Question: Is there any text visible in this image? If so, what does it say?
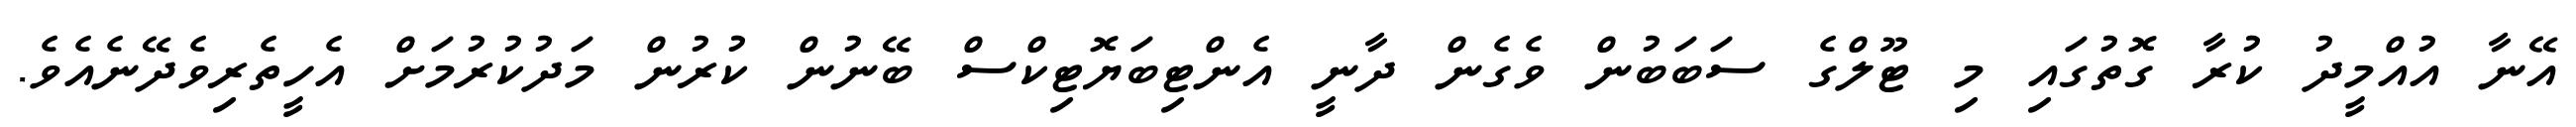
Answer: އޭނާ އުއްމީދު ކުރާ ގޮތުގައި މި ޓޫލްގެ ސަބަބުން ވެގެން ދާނީ އެންޓިބަޔޮޓިކްސް ބޭނުން ކުރުން މަދުކުރުމަށް އެހީތެރިވެދޭނެއެވެ.